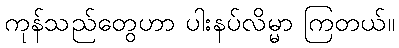
ကုန်သည်တွေဟာ ပါးနပ်လိမ္မာ ကြတယ်။